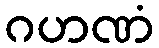
ဂဟဏံ